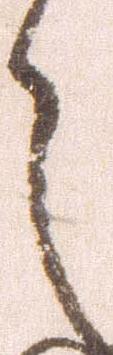
之